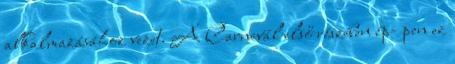
alkalmazásához vezet. A Carnevál első részében ép- pen ez